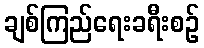
ချစ်ကြည်ရေးခရီးစဉ်